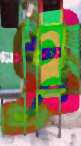
এ